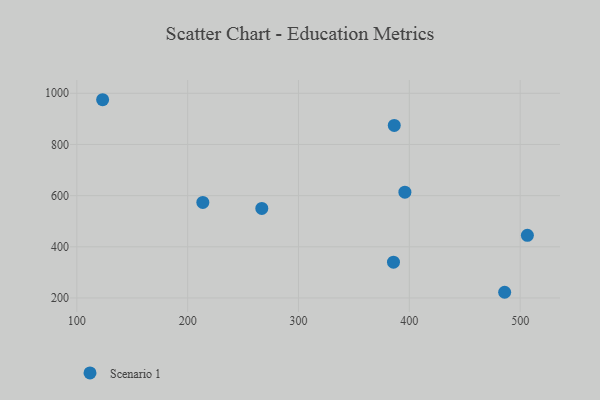
{"axis": {"x": "Speed", "y": "Salary"}, "legend": ["Scenario 1"], "data": [{"x": "385.7", "y": 339.8, "type": "Scenario 1"}, {"x": "123.3", "y": 974.8, "type": "Scenario 1"}, {"x": "396.0", "y": 613.4, "type": "Scenario 1"}, {"x": "386.4", "y": 874.5, "type": "Scenario 1"}, {"x": "506.5", "y": 444.8, "type": "Scenario 1"}, {"x": "486.0", "y": 222.2, "type": "Scenario 1"}, {"x": "266.9", "y": 549.8, "type": "Scenario 1"}, {"x": "213.7", "y": 573.3, "type": "Scenario 1"}]}